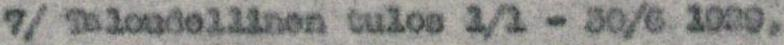
7/ Taloudellinen tulos 1/1 - 30/6 1929,